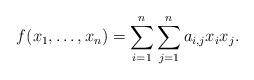
LaTeX: \begin{align*}f(x_1,\ldots,x_n)=\sum_{i=1}^{n}\sum_{j=1}^na_{i,j}x_ix_j.\end{align*}